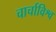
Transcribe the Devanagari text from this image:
चार्चाविश्व